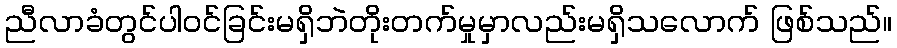
ညီလာခံတွင်ပါဝင်ခြင်းမရှိဘဲတိုးတက်မှုမှာလည်းမရှိသလောက် ဖြစ်သည်။